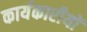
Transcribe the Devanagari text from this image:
कार्यकारीयों